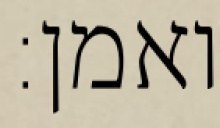
ואמן: